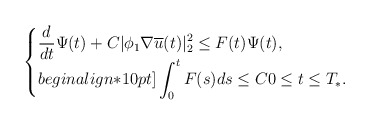
\begin{align*}\begin{cases}\displaystyle\frac{d}{dt}\Psi(t)+C|\phi_1\nabla \overline{u}(t)|^2_2\leq F(t)\Psi (t),\\begin{align*}10pt]\displaystyle\int_{0}^{t}F(s)ds\leq C 0\leq t\leq T_*.\end{cases}\end{align*}